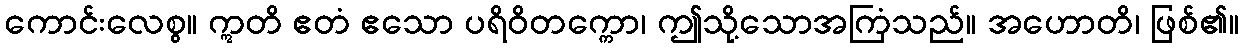
ကောင်းလေစွ။ ဣတိ ဧတံ ဧသော ပရိဝိတက္ကော၊ ဤသို့သောအကြံသည်။ အဟောတိ၊ ဖြစ်၏။